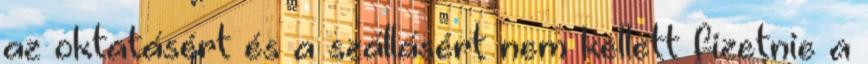
az oktatásért és a szállásért nem kellett fizetnie a